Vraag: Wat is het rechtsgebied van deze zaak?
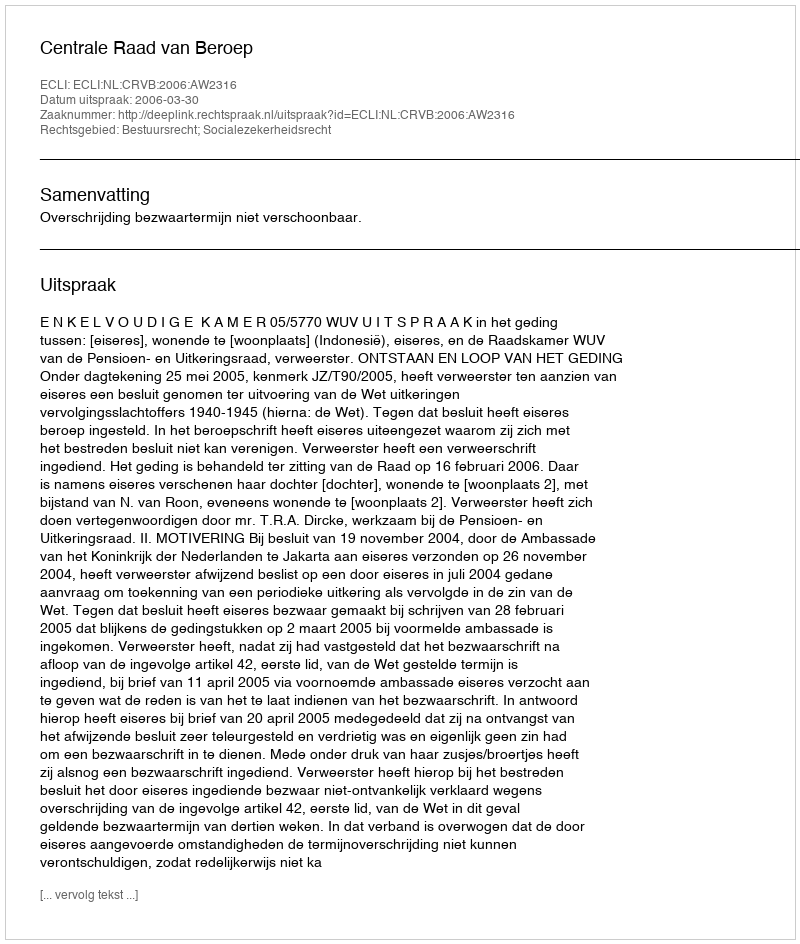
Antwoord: Bestuursrecht; Socialezekerheidsrecht